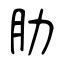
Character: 肋